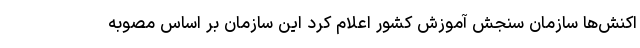
اکنش‌ها سازمان سنجش آموزش کشور اعلام کرد این سازمان بر اساس مصوبه